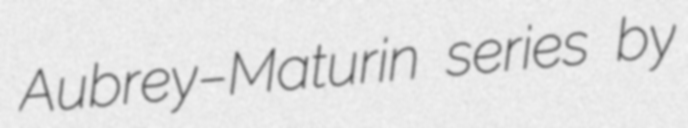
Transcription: Aubrey–Maturin series by